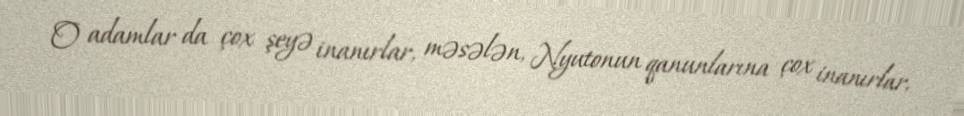
O adamlar da çox şeyə inanırlar, məsələn, Nyutonun qanunlarına çox inanırlar,